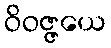
ဝိဝဇ္ဇယေ